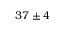
3 7 \pm 4